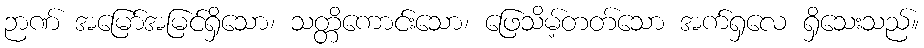
ဉာဏ် အမြော်အမြင်ရှိသော၊ သတ္တိကောင်းသော၊ ဖြေသိမ့်တတ်သော အက်ရှလေ ရှိသေးသည်။